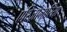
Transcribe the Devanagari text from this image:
एरिज़ोनारिया